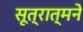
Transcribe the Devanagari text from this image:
सूत्रात्मने